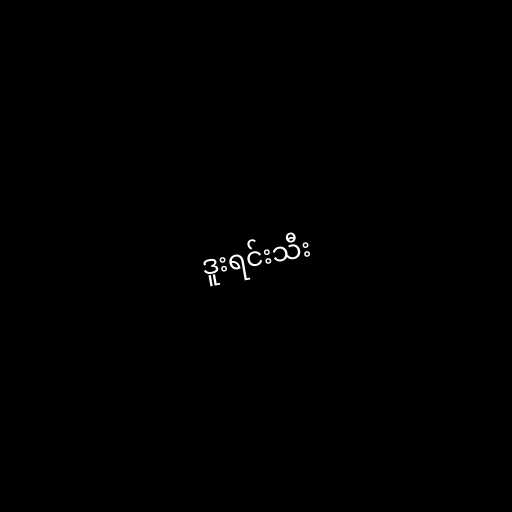
ဒူးရင်းသီး